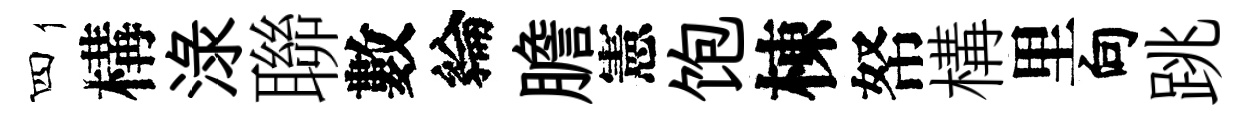
四構渌聯數綸膽憲饱棟帑構里向跳